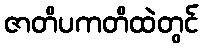
ဇာတိပကတိထဲတွင်